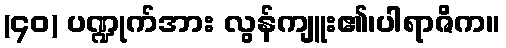
(၄၀) ပဏ္ဍုက်အား လွန်ကျူး၏၊ပါရာဇိက။